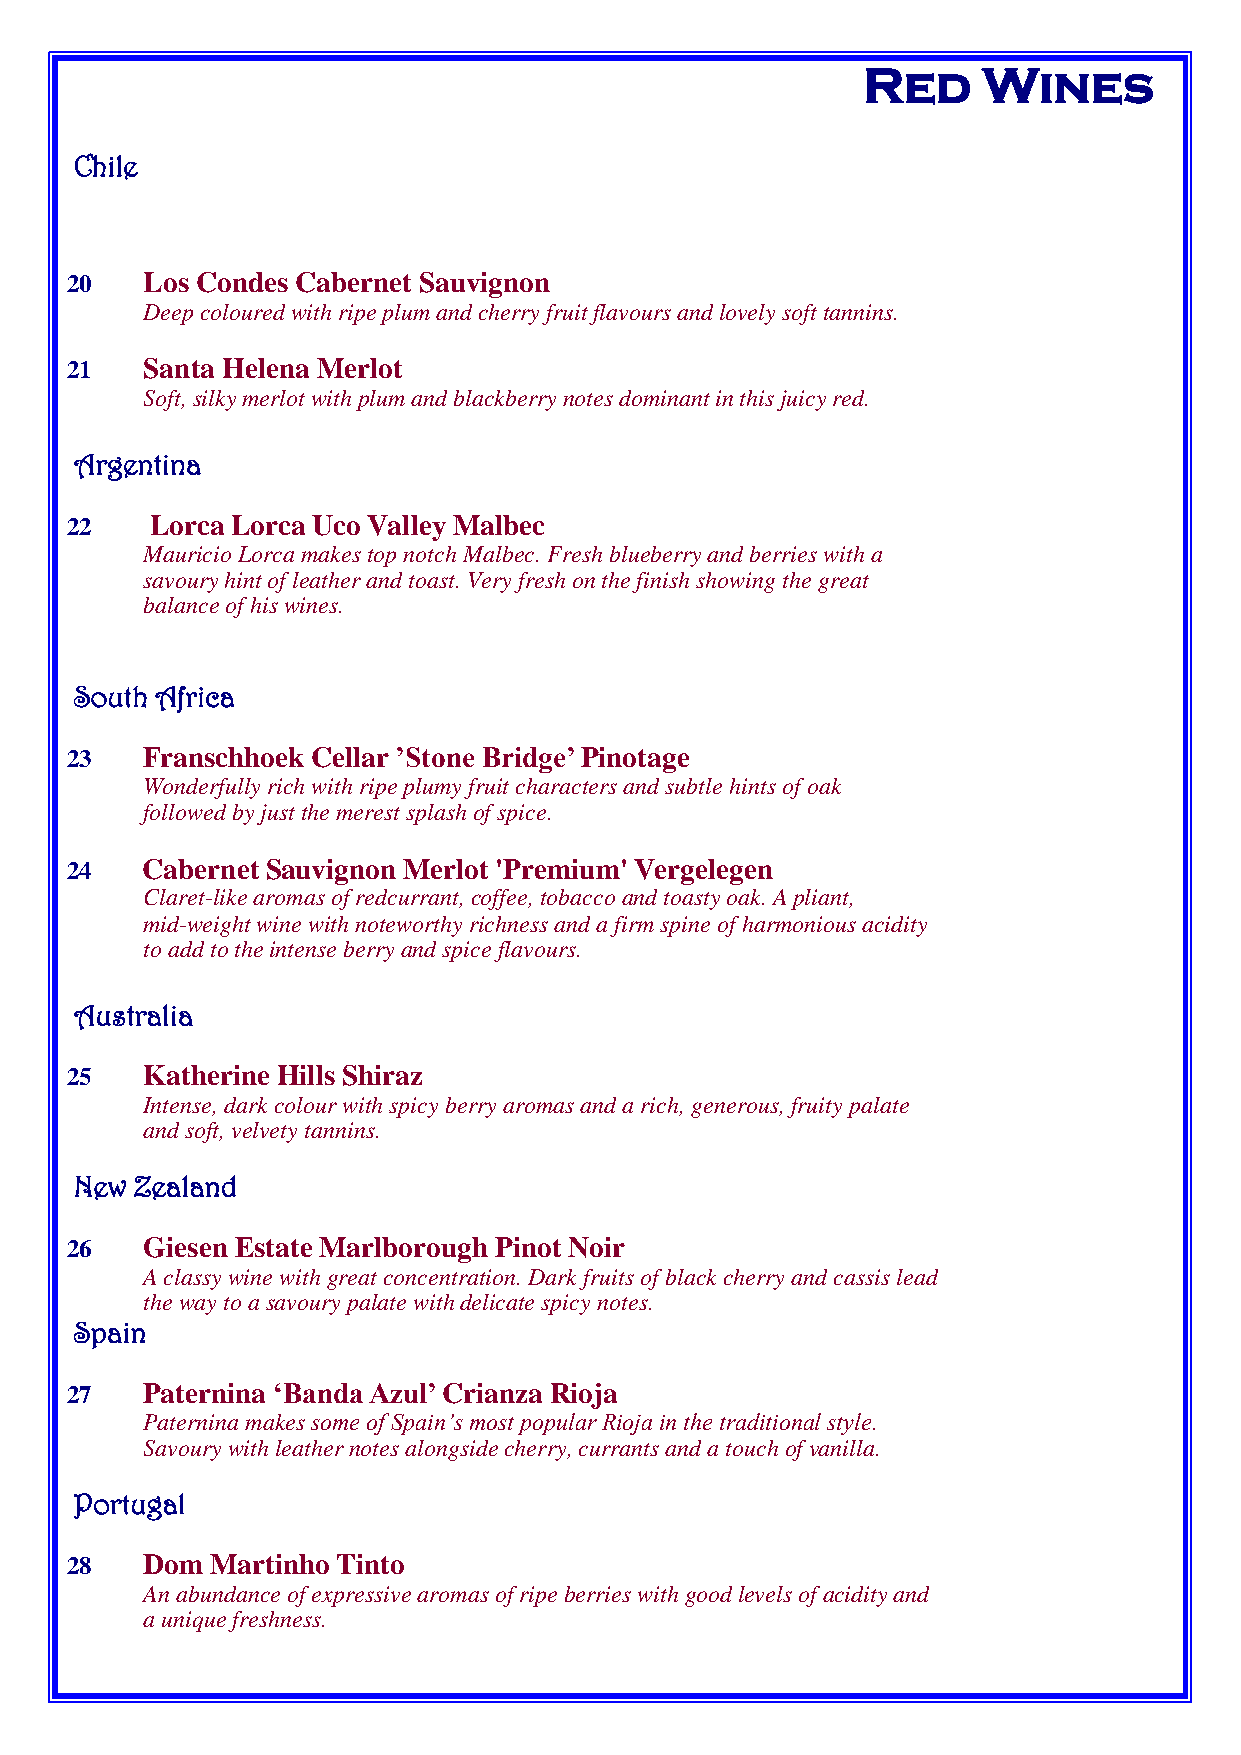
Red     Wines
 Chile
 20   Los Condes Cabernet Sauvignon
 Deep coloured with ripe plum and cherry fruit flavours and lovely soft tannins.
 21   Santa Helena Merlot
 Soft, silky merlot with plum and blackberry notes dominant in this juicy red.
 Argentina
 22    Lorca Lorca Uco Valley Malbec
 Mauricio Lorca makes top notch Malbec. Fresh blueberry and berries with a
 savoury hint of leather and toast. Very fresh on the finish showing the great
 balance of his wines.
 South Africa
 23   Franschhoek Cellar ’Stone Bridge’ Pinotage
 Wonderfully rich with ripe plumy fruit characters and subtle hints of oak
 followed by just the merest splash of spice.
 24   Cabernet Sauvignon Merlot 'Premium' Vergelegen
 Claret-like aromas of redcurrant, coffee, tobacco and toasty oak. A pliant,
 mid-weight wine with noteworthy richness and a firm spine of harmonious acidity
 to add to the intense berry and spice flavours.
 Australia
 25   Katherine Hills Shiraz
 Intense, dark colour with spicy berry aromas and a rich, generous, fruity palate
 and soft, velvety tannins.
 New Zealand
 26   Giesen Estate Marlborough Pinot Noir
 A classy wine with great concentration. Dark fruits of black cherry and cassis lead
 the way to a savoury palate with delicate spicy notes.
 Spain
 27   Paternina ‘Banda Azul’ Crianza Rioja
 Paternina makes some of Spain’s most popular Rioja in the traditional style.
 Savoury with leather notes alongside cherry, currants and a touch of vanilla.
 Portugal
 28   Dom  Martinho Tinto
 An abundance of expressive aromas of ripe berries with good levels of acidity and
 a unique freshness.